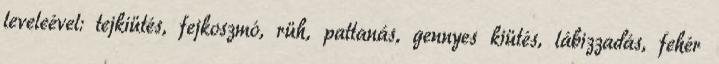
leveleével: tejkiütés, fejkoszmó, rüh, pattanás, gennyes kiütés, lábizzadás, fehér